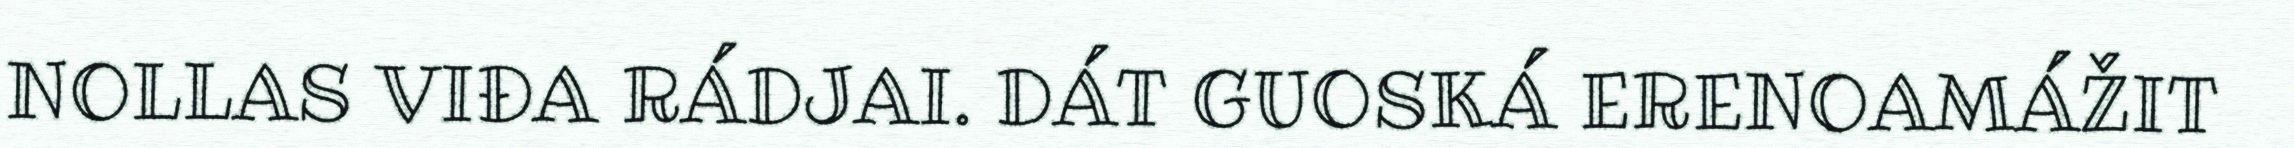
NOLLAS VIĐA RÁDJAI. DÁT GUOSKÁ ERENOAMÁŽIT